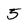
Character: 5